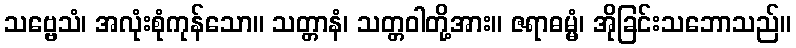
သဗ္ဗေသံ၊ အလုံးစုံကုန်သော။ သတ္တာနံ၊ သတ္တဝါတို့အား။ ဇရာဓမ္မံ၊ အိုခြင်းသဘောသည်။